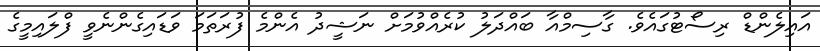
އައިލެންޑް ރިސޯޓުގައެވެ. ގާސިމްއާ ބައްދަލު ކުރެއްވުމަށް ނަޝީދު އެންމެ ފުރަތަމަ ވަޑައިގެންނެވީ ފްލައިމީގެ